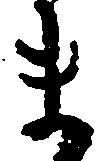
ま